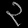
Digit: ၃